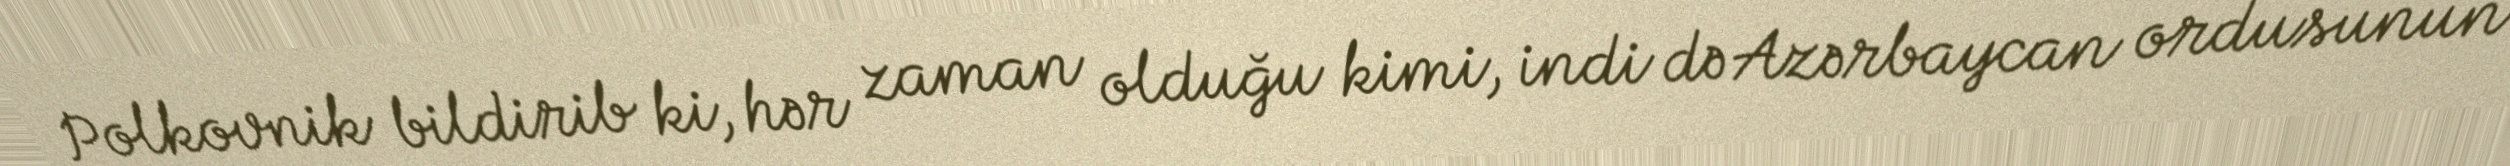
Polkovnik bildirib ki, hər zaman olduğu kimi, indi də Azərbaycan ordusunun